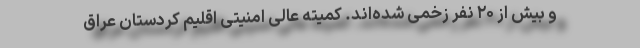
و بیش از ۲۰ نفر زخمی شده‌اند. کمیته عالی امنیتی اقلیم کردستان عراق